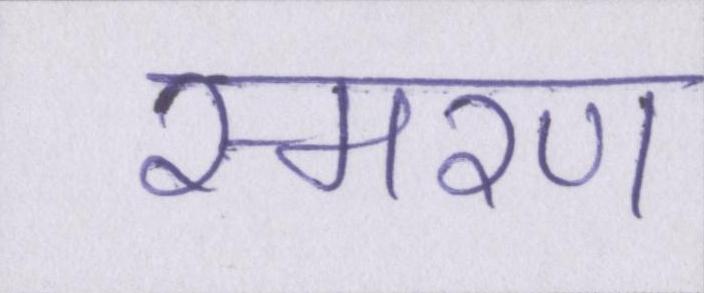
स्मरण